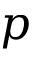
p